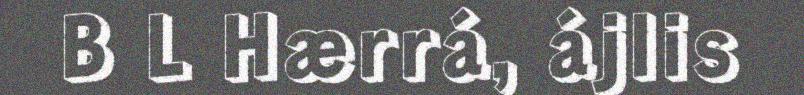
B L Hærrá, ájlis